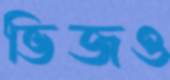
ভিজও